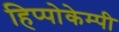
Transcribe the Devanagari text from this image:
हिप्पोकेम्पी